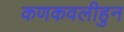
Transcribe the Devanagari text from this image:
कणकवलीहुन